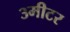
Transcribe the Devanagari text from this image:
३मीटर